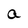
Character: a